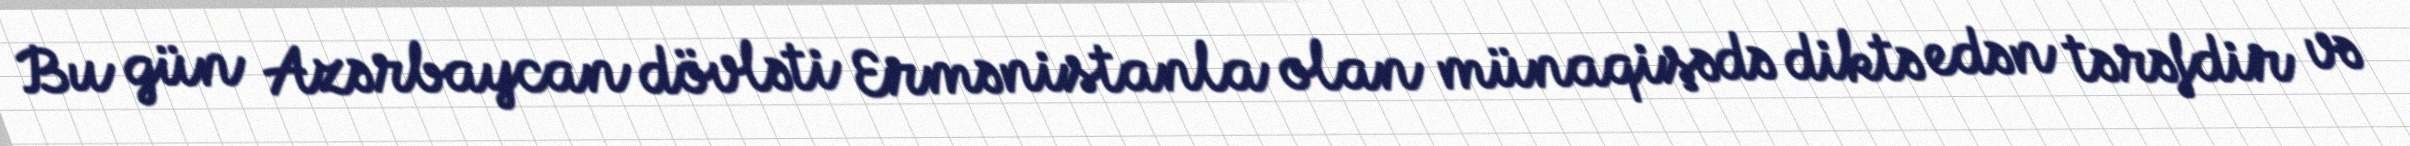
Bu gün Azərbaycan dövləti Ermənistanla olan münaqişədə diktə edən tərəfdir və